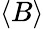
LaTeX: \langle B\rangle